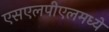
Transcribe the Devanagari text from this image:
एसएलपीएलमध्ये